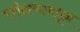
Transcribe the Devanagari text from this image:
परीक्षणामधून